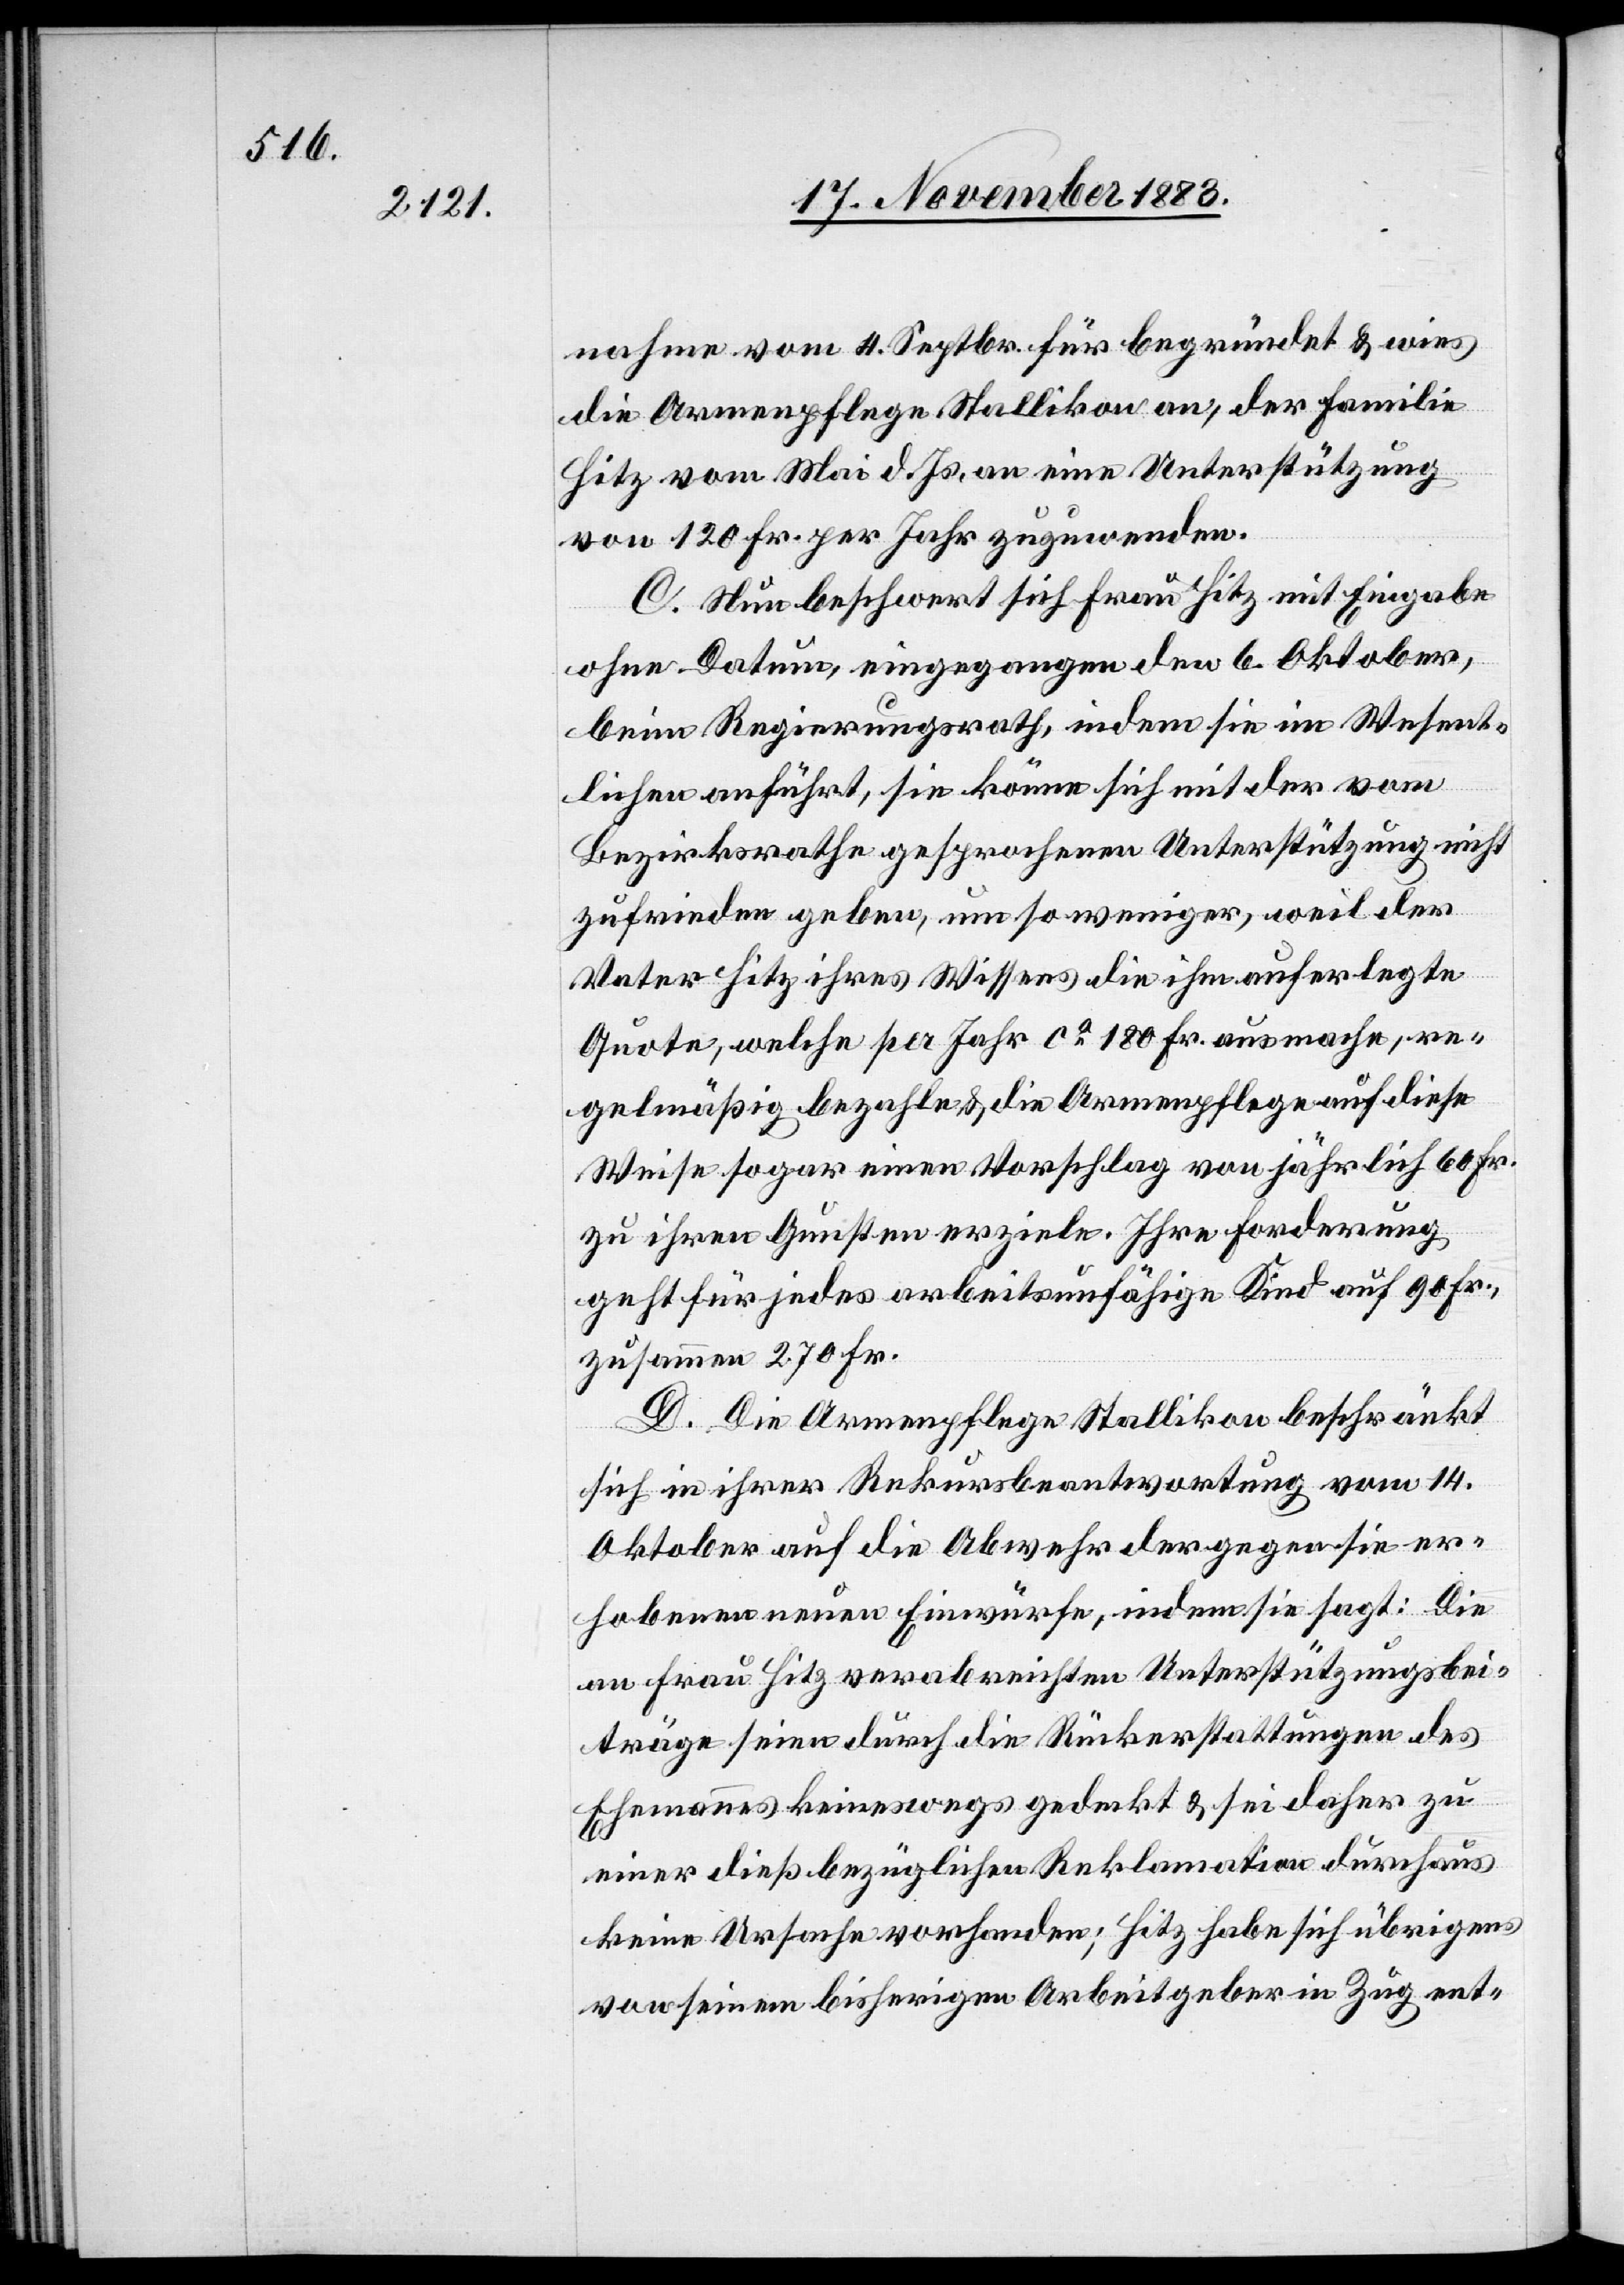
nahme vom 4. Septbr. für begründet & wies
die Armenpflege Stallikon an, der Familie
Hitz von Mai d. Js. an eine Unterstützung
von 120 Fr. per Jahr zuzuwenden.
C. Nun beschwert sich Frau Hitz mit Eingabe
ohne Datum, eingegangen den 6. Oktober,
beim Regierungsrath, indem sie im Wesent¬
lichen anführt, sie könne sich mit der vom
Bezirksrathe gesprochenen Unterstützung nicht
zufrieden geben, um so weniger, weil der
Vater Hitz ihres Wissens die ihm auferlegte
Quote, welche per Jahr ca 180 Fr. ausmache, re¬
gelmäßig bezahle , & die Armenpflege auf diese
Weise sogar einen Vorschlag von jährlich 60 Fr.
zu ihren Gunsten erziele. Ihre Forderung
geht für jedes arbeitsunfähige Kind auf 90 Fr.,
zusammen 270 Fr.
D. Die Armenpflege Stallikon beschränkt
sich in ihrer Rekursbeantwortung vom 14.
Oktober auf die Abwehr der gegen sie er¬
hobenen neuen Einwürfe, indem sie sagt: Die
an Frau Hitz verabreichten Unterstützungsbei¬
träge seien durch die Rückerstattungen des
Ehemannes keineswegs gedeckt & sei daher zu
einer dießbezüglichen Reklamation durchaus
keine Ursache vorhanden; Hitz habe sich übrigens
von seinem bisherigen Arbeitgeber in Zug ent-